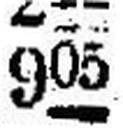
905